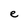
Character: e